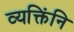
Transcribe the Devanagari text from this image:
व्यक्तिंनि